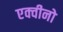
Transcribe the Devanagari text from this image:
एक्वीनो